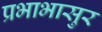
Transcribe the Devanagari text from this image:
प्रभाभासुर